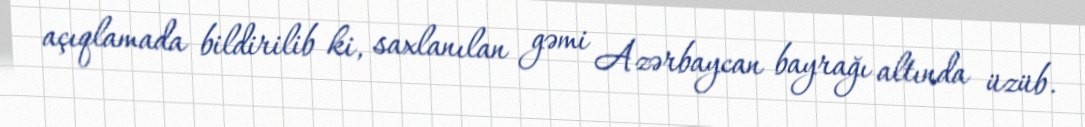
açıqlamada bildirilib ki, saxlanılan gəmi Azərbaycan bayrağı altında üzüb.